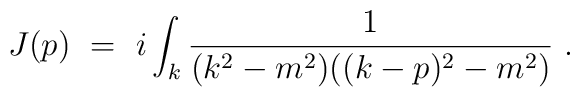
J(p) ~=~ i \int_k \frac{1}{(k^2-m^2)((k-p)^2 - m^2)} ~.